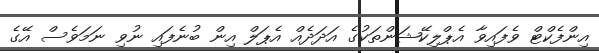
އިންފެކްޓް ވެފައިވާ އެޕްލިކޭޝަންތަކުގެ އަދަދެއް އެޕަލް އިން ބުނެފައި ނުވި ނަމަވެސް އޭގެ